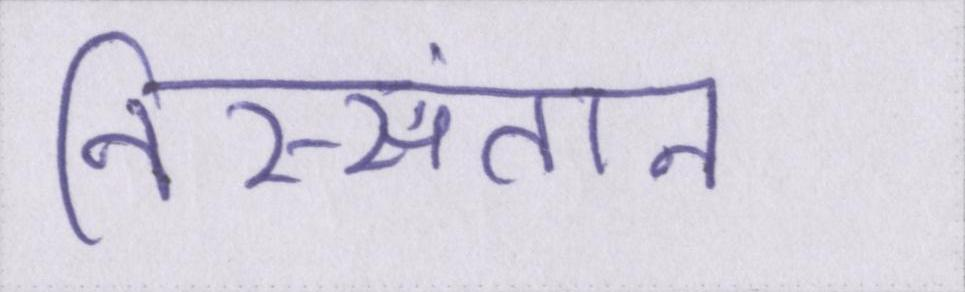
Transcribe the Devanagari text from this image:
निस्संतान